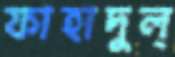
ফাহাদুল্